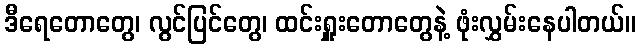
ဒီရေတောတွေ၊ လွင်ပြင်တွေ၊ ထင်းရှူးတောတွေနဲ့ ဖုံးလွှမ်းနေပါတယ်။